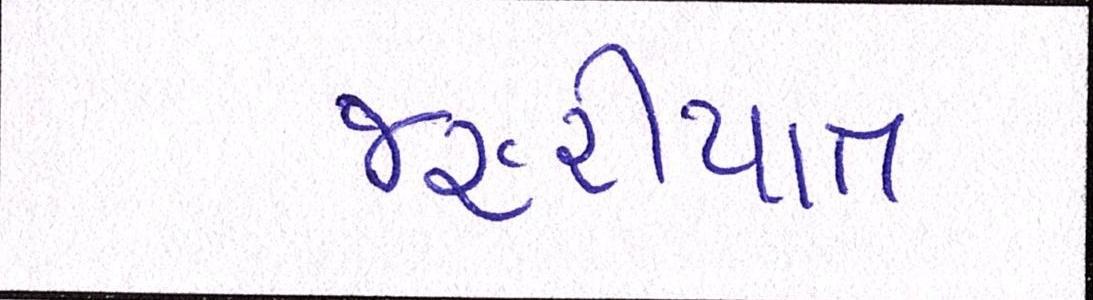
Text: જરૂરીયાત